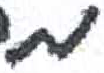
אות: מ